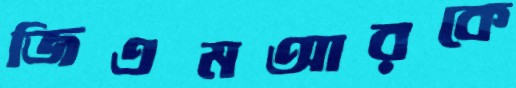
জিএমআরকে